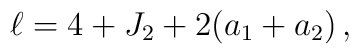
\ell = 4 +  J_2 + 2(a_1+a_2) \, ,